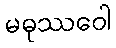
မဓုဿဝေါ